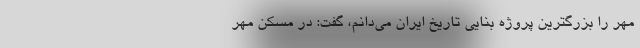
مهر را بزرگترین پروژه بنایی تاریخ ایران می‌دانم، گفت: در مسکن مهر